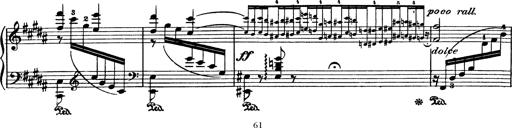
Title: AnnÃ©es de pÃ¨lerinage I
Composer: Franz Liszt